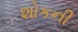
શોકની